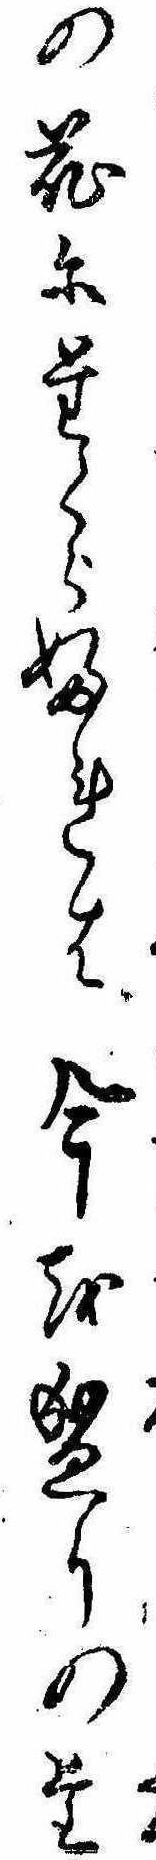
の花にたくらふれは今を盛りのた